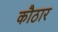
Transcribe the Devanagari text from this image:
कौठार